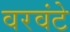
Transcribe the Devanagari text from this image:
वरवंटे